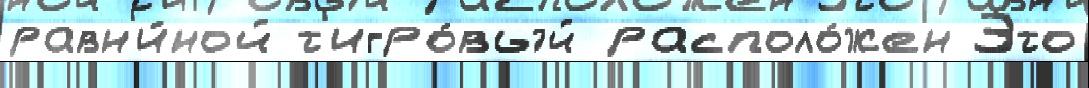
равн'и́ной т'игро́вый располо́жен Э́то